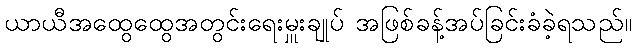
ယာယီအထွေထွေအတွင်းရေးမှူးချုပ် အဖြစ်ခန့်အပ်ခြင်းခံခဲ့ရသည်။